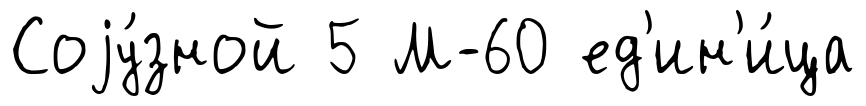
Соjу́зной 5 М-60 ед'ин'и́ца